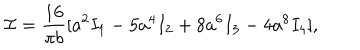
{ \cal I } = \frac { 1 6 } { \pi b } [ a ^ { 2 } I _ { 1 } - 5 a ^ { 4 } I _ { 2 } + 8 a ^ { 6 } I _ { 3 } - 4 a ^ { 8 } I _ { 4 } ] ,